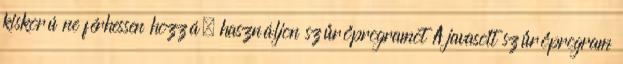
kiskorú ne férhessen hozzá, használjon szűrőprogramot A javasolt szűrőprogram